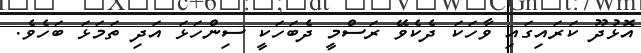
އޮޅުދޫ ކަރައިގައި ވާހަކަ ދެެކެވޭ ރަސްމީ ދެބަހަކީ ސިންހަޅަ އަދި ތަމަޅަ ބަހެވެ.